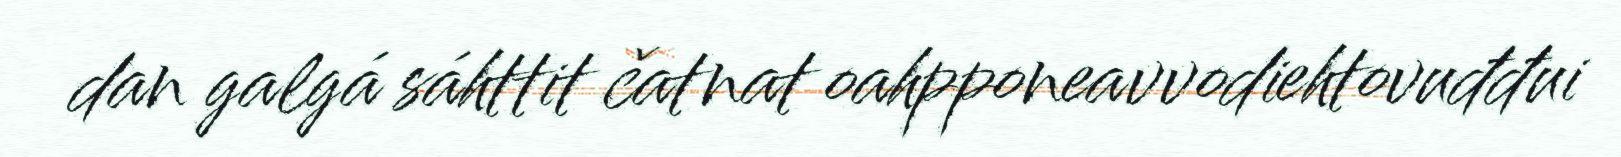
dan galgá sáhttit čatnat oahpponeavvodiehtovuđđui